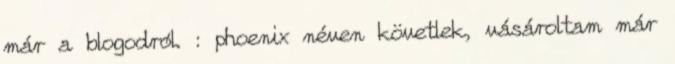
már a blogodról. : phoenix néven követlek, vásároltam már